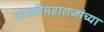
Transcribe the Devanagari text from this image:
जंगलीमहाराजांच्या